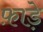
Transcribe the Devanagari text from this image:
फ़ाड़े